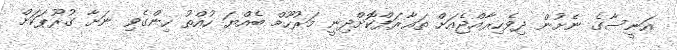
އަނީސާގެ ނެށުން ދިވެހިރާއްޖެއަށް ތަޢާރަފްކޮށްދިނީ މަރުހޫމް ބެއްޔަ ހުއްތު ހިންގެވި ނަށާ ގުރޫޕަކަށް